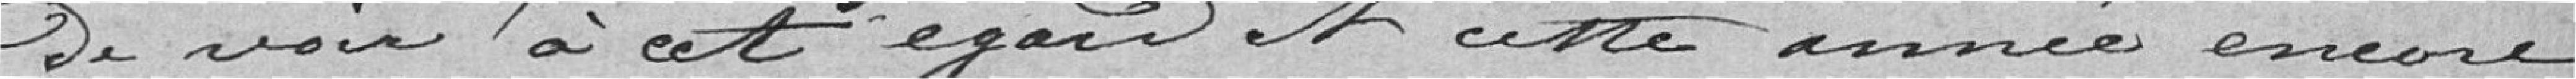
de voir à cet égard et cette année encore